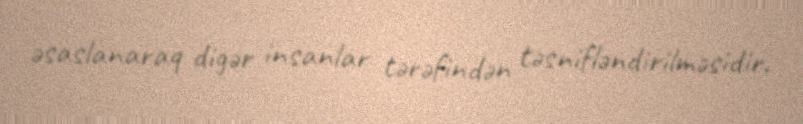
əsaslanaraq digər insanlar tərəfindən təsnifləndirilməsidir.